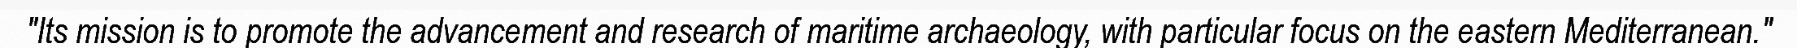
"Its mission is to promote the advancement and research of maritime archaeology, with particular focus on the eastern Mediterranean."